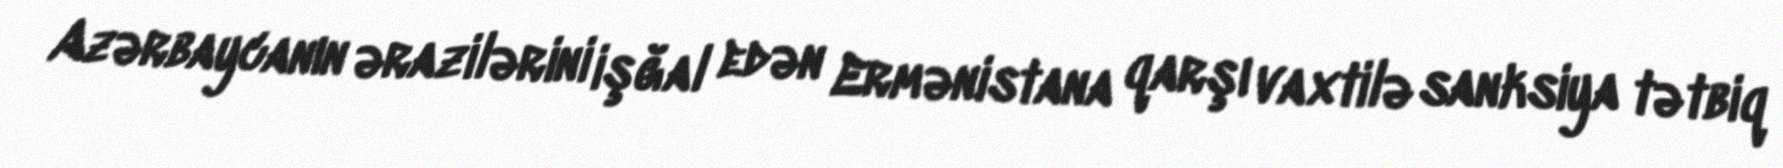
Azərbaycanın ərazilərini işğal edən Ermənistana qarşı vaxtilə sanksiya tətbiq